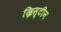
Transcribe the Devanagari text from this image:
ख्रिस्टीन